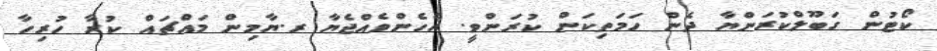
ކޯޓުން ގަބޫލްކުރަންޔާ ދެން ހަމަތިކަން ކުރަންވީ. އެހެންވެއްޖެޔާ ރ.ޔާމިން މައްޗައް ކުރާ ހުރިހާ